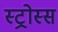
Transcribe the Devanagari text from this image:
स्ट्रोस्स